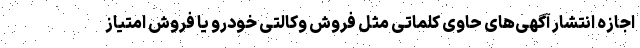
اجازه انتشار آگهی‌های حاوی کلماتی مثل فروش وکالتی خودرو یا فروش امتیاز